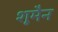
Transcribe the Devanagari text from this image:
शूमैन